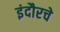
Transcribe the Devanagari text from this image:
इंदौरचे